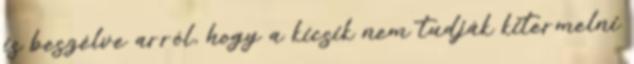
is beszélve arról, hogy a kicsik nem tudják kitermelni